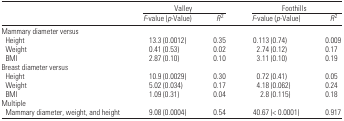
<table><thead><tr><td></td><td colspan="2"><b>Valley</b></td><td colspan="2"><b>Foothills</b></td><td></td></tr><tr><td></td><td><b><i>F</i>-value (<i>p</i>-Value)</b></td><td><b><i>R</i><sup>2</sup></b></td><td><b><i>F</i>-value (<i>p</i>-Value)</b></td><td><b><i>R</i><sup>2</sup></b></td></tr></thead><tbody><tr><td colspan="5">Mammary diameter versus</td></tr><tr><td> Height</td><td>13.3 (0.0012)</td><td>0.35</td><td>0.113 (0.74)</td><td>0.009</td></tr><tr><td> Weight</td><td>0.41 (0.53)</td><td>0.02</td><td>2.74 (0.12)</td><td>0.17</td></tr><tr><td> BMI</td><td>2.87 (0.10)</td><td>0.10</td><td>3.11 (0.10)</td><td>0.19</td></tr><tr><td colspan="5">Breast diameter versus</td></tr><tr><td> Height</td><td>10.9 (0.0029)</td><td>0.30</td><td>0.72 (0.41)</td><td>0.05</td></tr><tr><td> Weight</td><td>5.02 (0.034)</td><td>0.17</td><td>4.18 (0.062)</td><td>0.24</td></tr><tr><td> BMI</td><td>1.09 (0.31)</td><td>0.04</td><td>2.8 (0.115)</td><td>0.18</td></tr><tr><td colspan="5">Multiple</td></tr><tr><td> Mammary diameter, weight, and height</td><td>9.08 (0.0004)</td><td>0.54</td><td>40.67 (&lt; 0.0001)</td><td>0.917</td></tr></tbody></table>